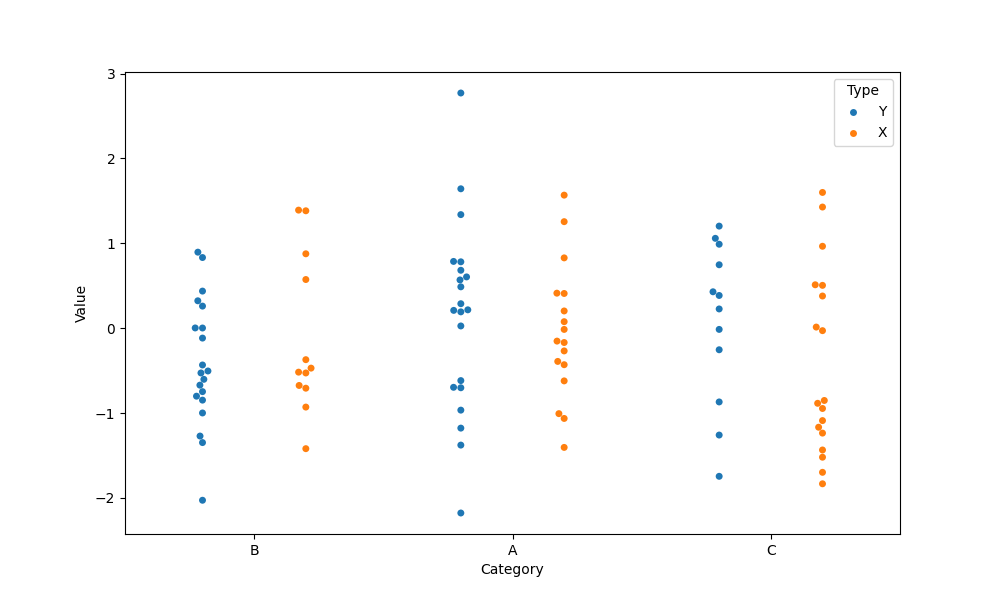
python, seaborn, swarmplot, dodge=True, alpha=1.0, size=5